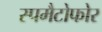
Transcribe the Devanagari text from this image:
स्पमैटोफोर